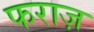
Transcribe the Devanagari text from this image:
फराज़